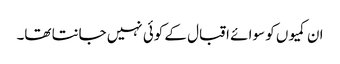
ان کمیوں کو سوا ئے اقبال کے کوئی نہیں جانتا تھا۔